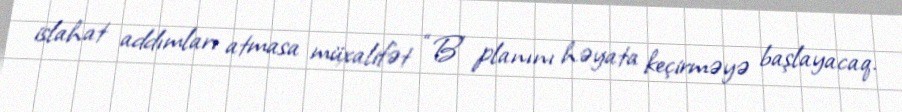
islahat addımları atmasa müxalifət “B” planını həyata keçirməyə başlayacaq.